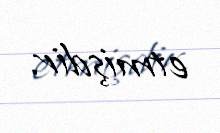
etmişdir.